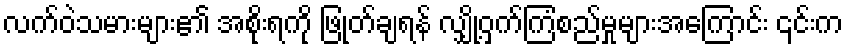
လက်ဝဲသမားများ၏ အစိုးရကို ဖြုတ်ချရန် လျှို့ဝှက်ကြံစည်မှုများအကြောင်း ၎င်းက